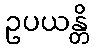
ဥပယန္တိ